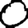
Digit: 0